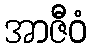
အာဇီဝံ